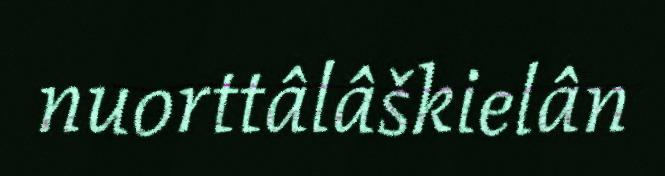
nuorttâlâškielân